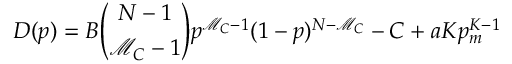
D ( p ) = B { \binom { N - 1 } { \mathcal { M } _ { C } - 1 } } p ^ { \mathcal { M } _ { C } - 1 } ( 1 - p ) ^ { N - \mathcal { M } _ { C } } - C + a K p _ { m } ^ { K - 1 }